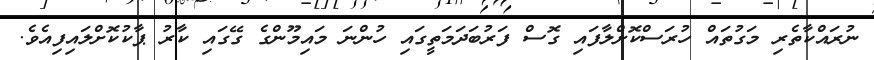
ނުރައްކާތެރި މަގުތައް ހުރަސްކޮށްލާފައި ގޮސް ފަރުބަދަމަތީގައި ހުންނަ މައިމޫންގެ ގޭގައި ކާރު ޕާކުކޮށްލައިފިއެވެ.